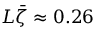
L \bar { \zeta } \approx 0 . 2 6